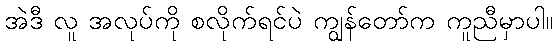
အဲဒီ လူ အလုပ်ကို စလိုက်ရင်ပဲ ကျွန်တော်က ကူညီမှာပါ။